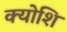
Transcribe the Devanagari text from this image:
क्योशि